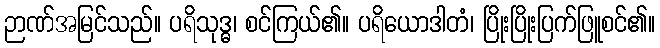
ဉာဏ်အမြင်သည်။ ပရိသုဒ္ဓ၊ စင်ကြယ်၏။ ပရိယောဒါတံ၊ ပြိုးပြိုးပြက်ဖြူစင်၏။